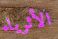
الأثرياء